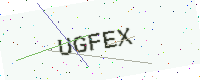
Text: UGFEX